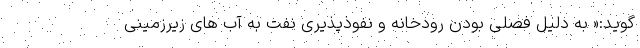
گوید:« به دلیل فصلی بودن رودخانه و نفوذپذیری‌ نفت به آب های زیرزمینی